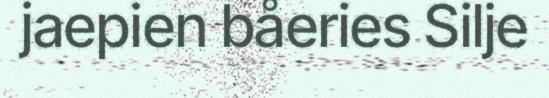
jaepien båeries Silje